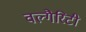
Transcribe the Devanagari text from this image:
वल्गैरिटी